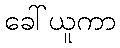
ခေါ်ယူကာ